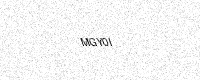
Text: MGY0I